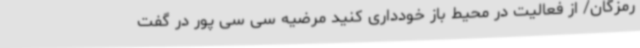
رمزگان/ از فعالیت در محیط باز خودداری کنید مرضیه سی سی پور در گفت